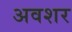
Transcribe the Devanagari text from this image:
अवशर